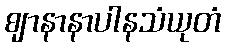
ဈာနာနာပါနသံယုတံ